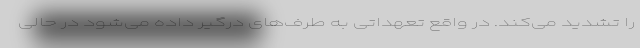
را تشدید می‌کند. در واقع تعهداتی به طرف‌های درگیر داده می‌شود در حالی